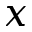
x